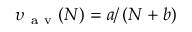
\upsilon _ { \mathrm { ~ a ~ v ~ } } ( N ) = a / \left( N + b \right)